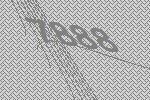
7888